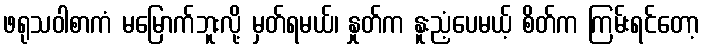
ဖရုသဝါစာကံ မမြောက်ဘူးလို့ မှတ်ရမယ်၊ နှုတ်က နူးညံ့ပေမယ့် စိတ်က ကြမ်းရင်တော့